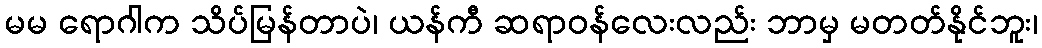
မမ ရောဂါက သိပ်မြန်တာပဲ၊ ယန်ကီ ဆရာဝန်လေးလည်း ဘာမှ မတတ်နိုင်ဘူး၊